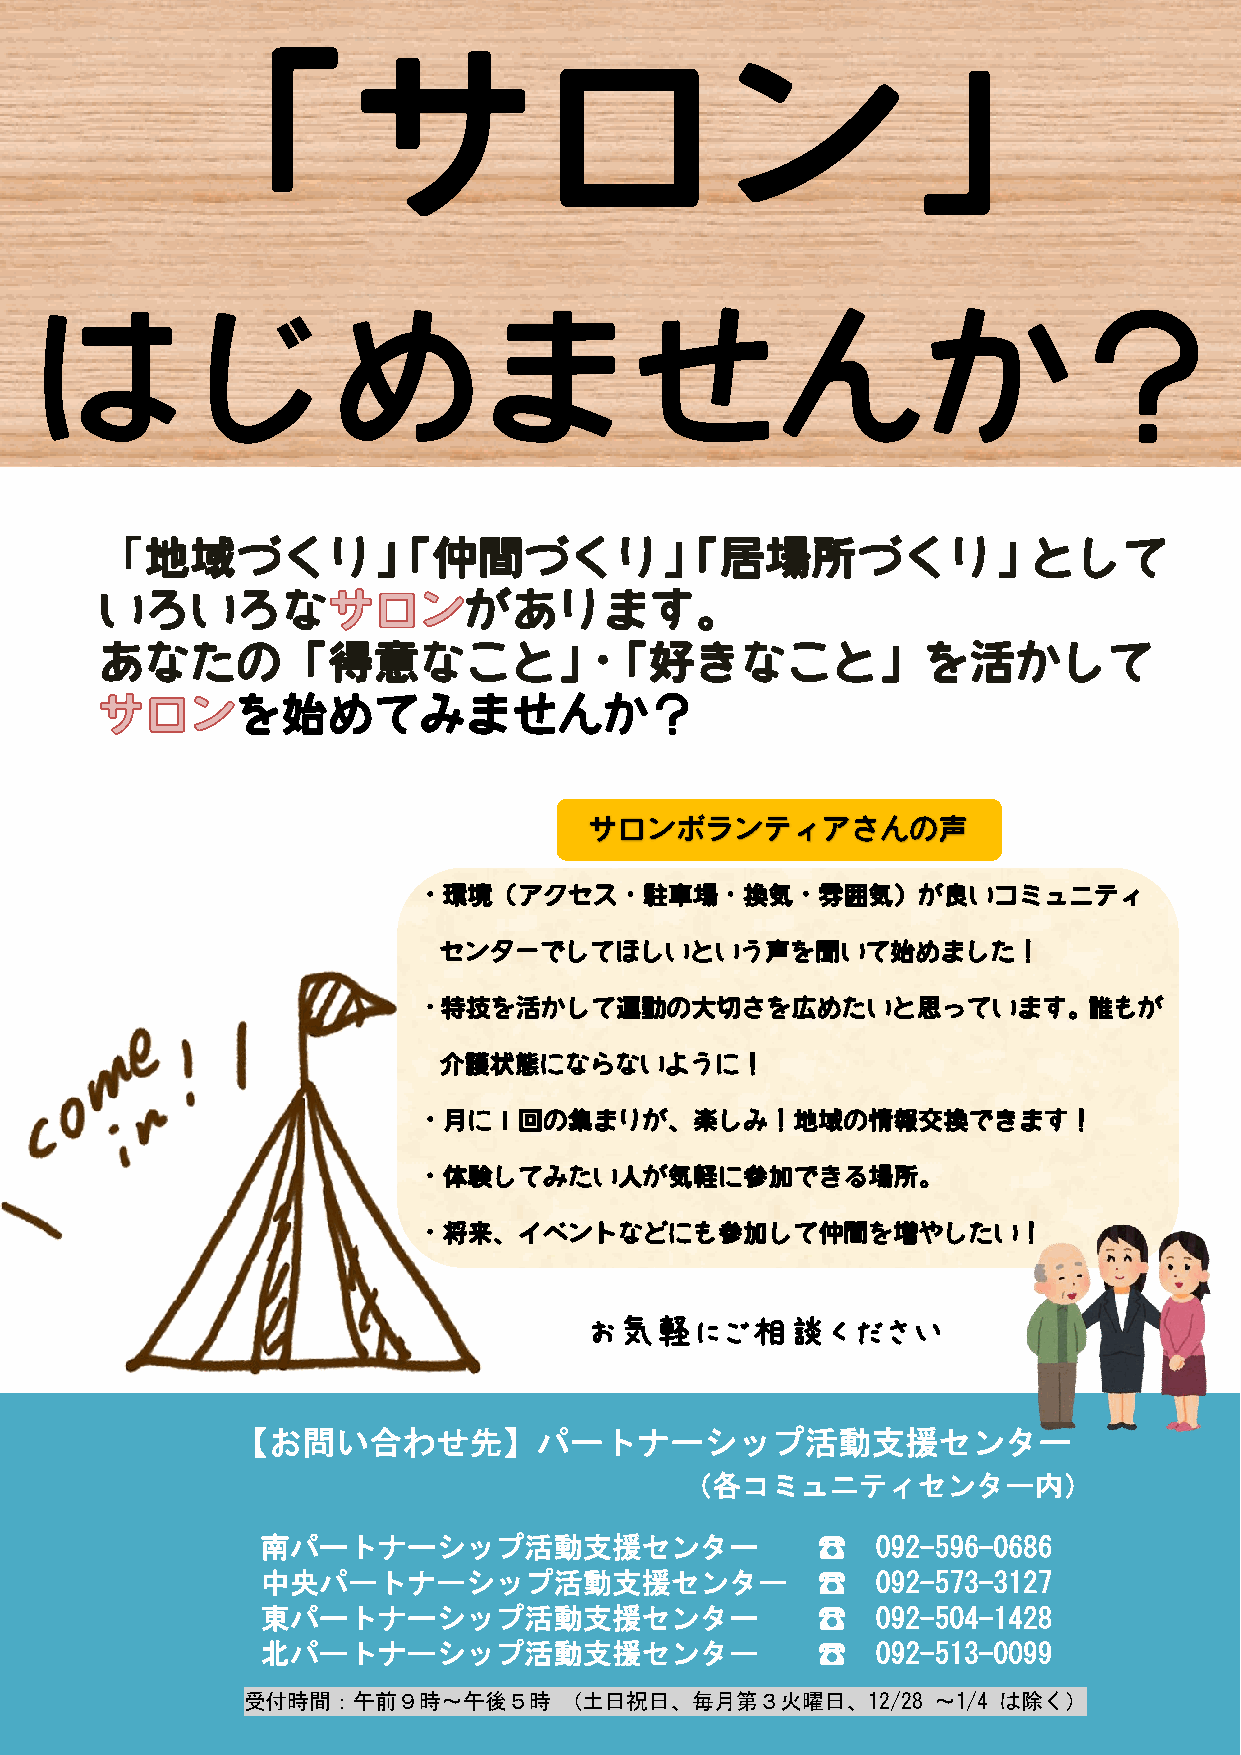
「サロン」
 はじめませんか？
 「地域づくり」「仲間づくり」「居場所づくり」として
 いろいろな                   があります。
 あなたの「得意なこと」・「好きなこと」を活かして
 を始めてみませんか？
 サロンボランティアさんの声
 ・環境（アクセス・駐車場・換気・雰囲気）が良いコミュニティ
 センターでしてほしいという声を聞いて始めました！
 ・特技を活かして運動の大切さを広めたいと思っています。誰もが
 介護状態にならないように！
 ・月に１回の集まりが、楽しみ！地域の情報交換できます！
 ・体験してみたい人が気軽に参加できる場所。
 ・将来、イベントなどにも参加して仲間を増やしたい！
 お気軽にご相談ください
 【お問い合わせ先】パートナーシップ活動支援センター
 （各コミュニティセンター内）
 南パートナーシップ活動支援センター                    ☎   092-596-0686
 中央パートナーシップ活動支援センター                   ☎   092-573-3127
 東パートナーシップ活動支援センター                    ☎   092-504-1428
 北パートナーシップ活動支援センター                    ☎   092-513-0099
 受付時間：午前９時～午後５時       （土日祝日、毎月第３火曜日、12/28      ～1/4 は除く）